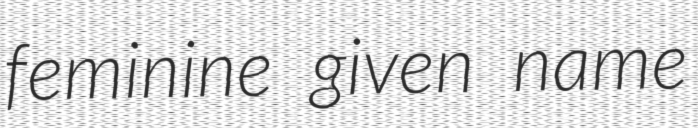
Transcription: feminine given name